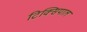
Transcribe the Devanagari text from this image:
टिक्सियाल